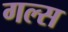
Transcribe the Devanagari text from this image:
गल्स